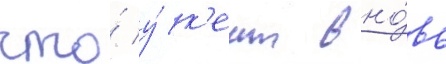
что́ у́ к'еит вно́вь